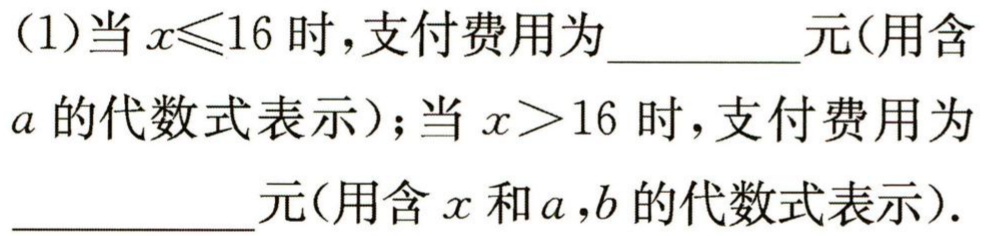
(1)当\(x\leqslant16\)时，支付费用为  元(用含\(a\)的代数式表示)；当\(x > 16\)时，支付费用为  元(用含\(x\)和\(a,b\)的代数式表示).